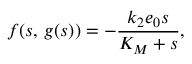
f ( s , \, g ( s ) ) = - \frac { k _ { 2 } e _ { 0 } s } { K _ { M } + s } ,